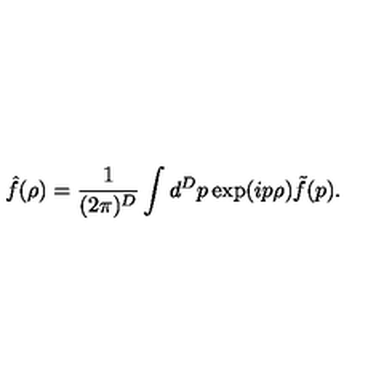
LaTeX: { \hat { f } } ( \rho ) = \frac { 1 } { ( 2 \pi ) ^ { D } } \int d ^ { D } p \exp ( i p \rho ) { \tilde { f } } ( p ) .